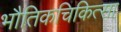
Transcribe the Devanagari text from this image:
भौतिकचिकित्सा